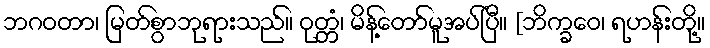
ဘဂဝတာ၊ မြတ်စွာဘုရားသည်။ ဝုတ္တံ၊ မိန့်တော်မူအပ်ပြီ။ [ဘိက္ခဝေ၊ ရဟန်းတို့။